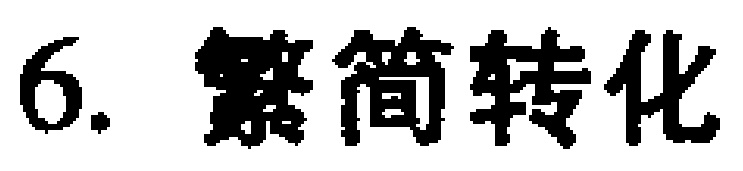
6. 繁简转化